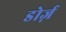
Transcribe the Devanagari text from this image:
डोर्ज़